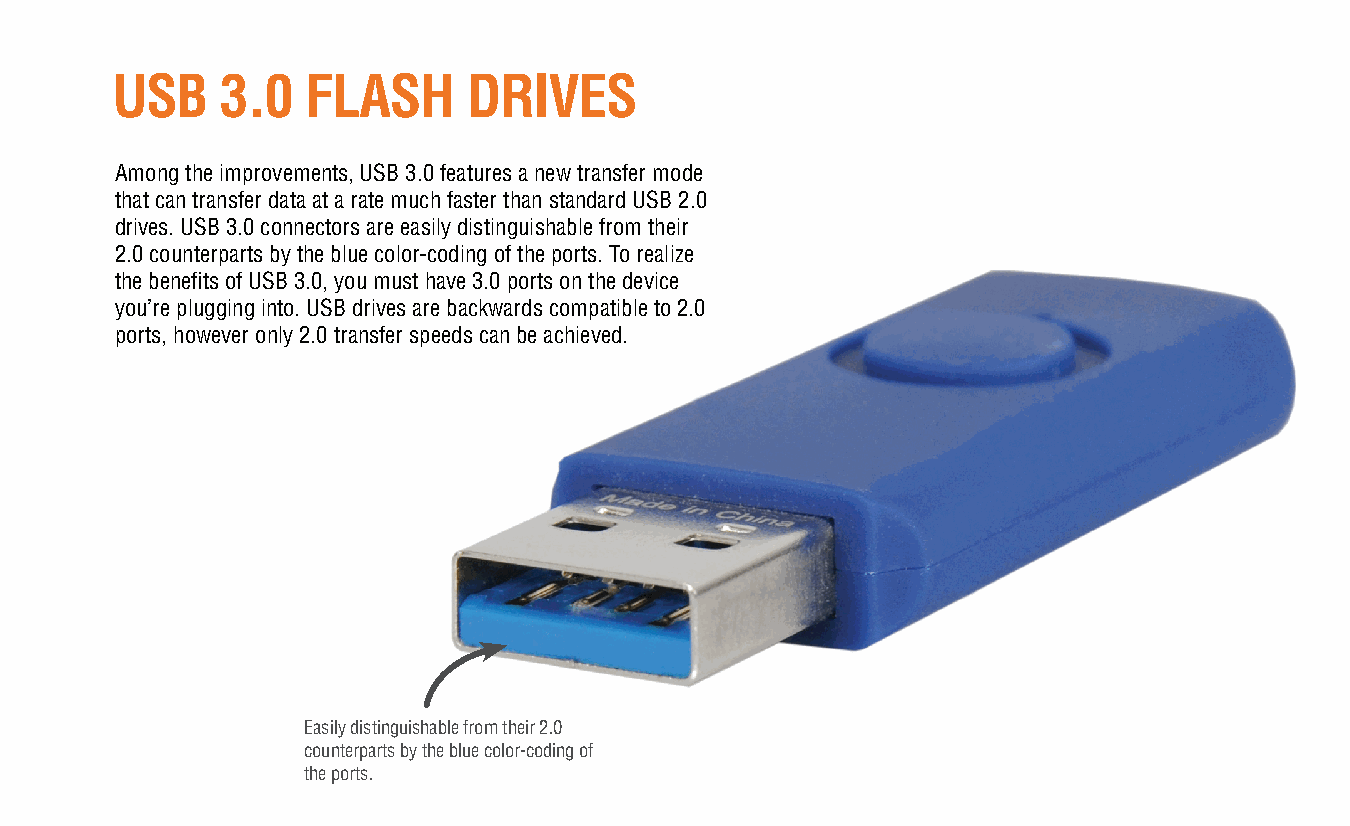
USB     3.0  FLASH      DRIVES
 Among the improvements, USB 3.0 features a new transfer mode
 that can transfer data at a rate much faster than standard USB 2.0
 drives. USB 3.0 connectors are easily distinguishable from their
 2.0 counterparts by the blue color-coding of the ports. To realize
 the benefi ts of USB 3.0, you must have 3.0 ports on the device
 you’re plugging into. USB drives are backwards compatible to 2.0
 ports, however only 2.0 transfer speeds can be achieved.
 Easily distinguishable from their 2.0
 counterparts by the blue color-coding of
 the ports.